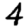
Digit: 4